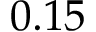
0 . 1 5